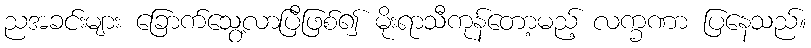
ညအခင်းများ ခြောက်သွေ့လာပြီဖြစ်၍ မိုးရာသီကုန်တော့မည့် လက္ခဏာ ပြနေသည်။